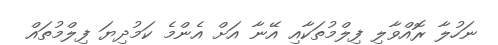
ނަހުލާ ރޮއްވާލި ފިލްމުތަކާއި އޭނާ އަށް އެންމެ ކަމުދިޔަ ފިލްމުތައް